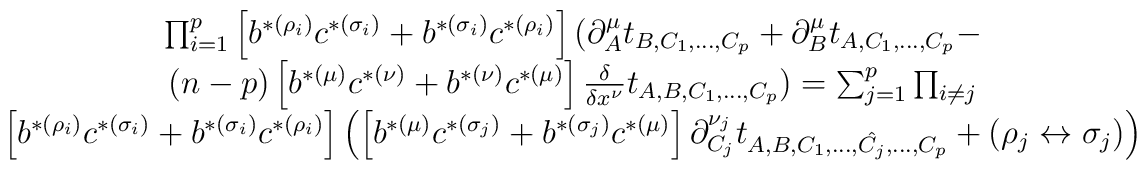
\begin{array}{c} \prod_{i=1}^{p}\left[ b^{*(\rho_{i})} c^{*(\sigma_{i})} +b^{*(\sigma_{i})} c^{*(\rho_{i})} \right]( \partial^{\mu}_{A} t_{B,C_{1},...,C_{p}} +\partial^{\mu}_{B} t_{A,C_{1},...,C_{p}} -\nonumber \\(n-p) \left[ b^{*(\mu)} c^{*(\nu)} + b^{*(\nu)} c^{*(\mu)} \right]{\delta \over \delta x^{\nu}} t_{A,B,C_{1},...,C_{p}} ) =\sum_{j=1}^{p} \prod_{i\not= j}\nonumber \\\left[ b^{*(\rho_{i})} c^{*(\sigma_{i})} +b^{*(\sigma_{i})} c^{*(\rho_{i})} \right]\left( \left[ b^{*(\mu)} c^{*(\sigma_{j})} +b^{*(\sigma_{j})} c^{*(\mu)} \right]\partial^{\nu_{j}}_{C_{j}} t_{A,B,C_{1},...,\hat{C_{j}},...,C_{p}}+ (\rho_{j} \leftrightarrow \sigma_{j}) \right)\end{array}